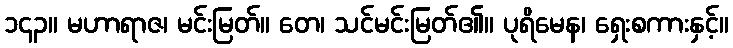
၁၄၃။ မဟာရာဇ၊ မင်းမြတ်။ တေ၊ သင်မင်းမြတ်၏။ ပုရိမေန၊ ရှေးစကားနှင့်။